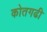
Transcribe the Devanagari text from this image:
कोतगढी